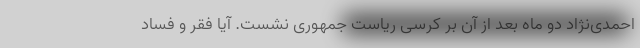
احمدی‌نژاد دو ماه بعد از آن بر کرسی ریاست جمهوری نشست. آیا فقر و فساد